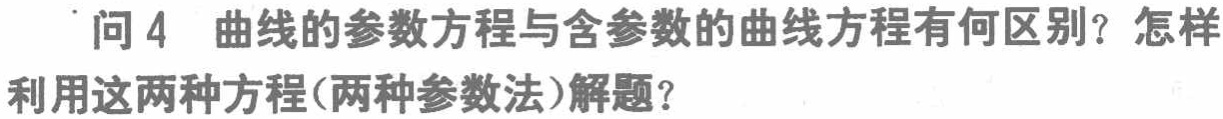
问 4 曲线的参数方程与含参数的曲线方程有何区别？怎样利用这两种方程(两种参数法)解题？